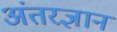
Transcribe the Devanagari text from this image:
अंतरज्ञान